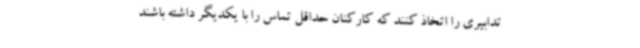
تدابیری را اتخاذ کنند که کارکنان حداقل تماس را با یکدیگر داشته باشند